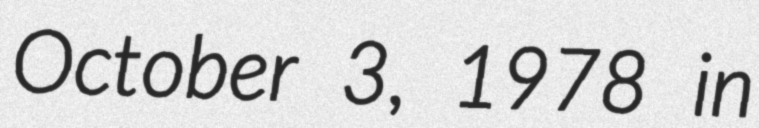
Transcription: October 3, 1978 in